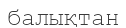
балықтан